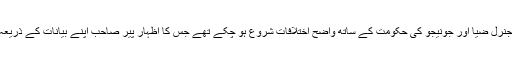
پیر پگارا کے جنرل ضیا اور جونیجو کی حکومت کے ساتھ واضح اختلافات شروع ہو چکے تھے جس کا اظہار پیر صاحب اپنے بیانات کے ذریعہ کررہے تھے۔